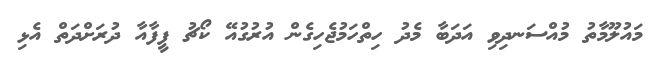
މައުލޫމާތު މުއްސަނދިވި އަދަބާ މެދު ހިތްހަމުޖެހިގެން އުރުގުއޭ ކޯޗު ފީފާއާ ދުރަށްދަތް އެޅި